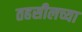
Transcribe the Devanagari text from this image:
तहसीलच्या